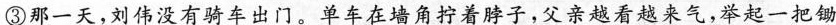
③那一天，刘伟没有骑车出门，单车在墙角拧着脖子，父亲越看越来气，体起一把锄